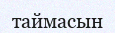
таймасын